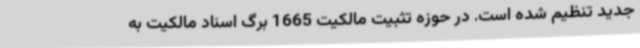
جدید تنظیم شده است. در حوزه تثبیت مالکیت 1665 برگ اسناد مالکیت به